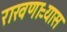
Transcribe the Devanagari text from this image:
राखणाऱ्यास